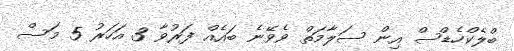
ބްލެކްހެޑްސް އިން ސަލާމަތް ވެވޭނެ ބައެއް ފަރުވާ 3 އަހަރު 5 މަސް